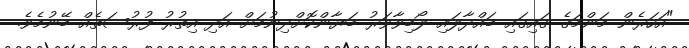
"އަހަރެން މަންމަގެ ގައިގައި ބައްދާލައި ލޯބިވާވަރު ބަޔާންކޮށްދިނުމަށް އަދި އިތުރު ފުރުސަތެއް ބޭނުމެވެ.